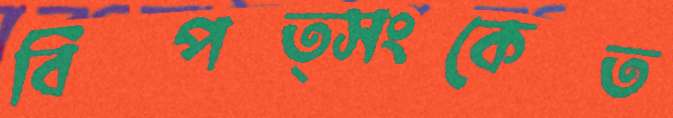
বিপত্সংকেত